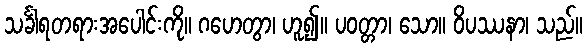
သင်္ခါရတရားအပေါင်းကို။ ဂဟေတွာ၊ ဟူ၍။ ပဝတ္တာ၊ သော။ ဝိပဿနာ၊ သည်။